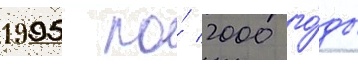
1995 по́ 2000 го́ды